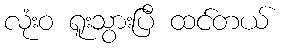
လုံးဝ ရူးသွားပြီ ထင်တယ်